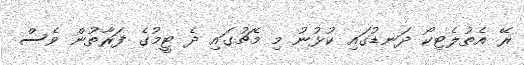
ރޭ އެތުލެޓިކޯ ދަނޑުގައި ކުޅުނު މި މެޗުގައި ދެ ޓީމުގެ ފަރާތުން ވެސް